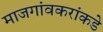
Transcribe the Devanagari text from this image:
माजगांवकरांकडे